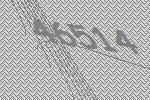
46514